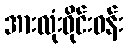
အားလုံးဝိုင်းဝန်း